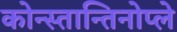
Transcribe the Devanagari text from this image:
कोन्स्तान्तिनोप्ले